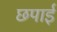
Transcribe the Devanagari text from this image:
छपार्इ